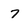
Character: 7